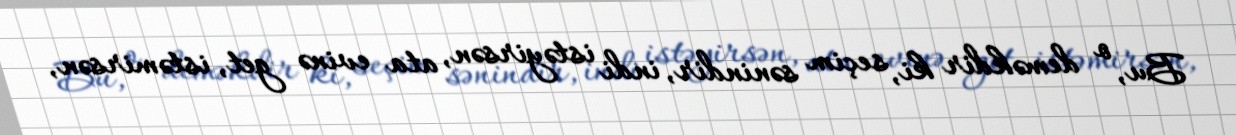
Bu, o deməkdir ki, seçim sənindir, indi istəyirsən, ata evinə get, istəmirsən,